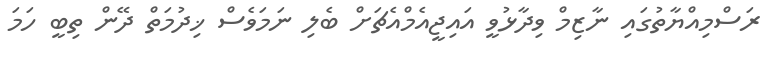
ރަސްމިއްޔާތުގައި ނާޒިމް ވިދާޅުވީ އައިޖީއެމްއެޗަށް ބެލި ނަމަވެސް ޚިދުމަތް ދޭން ތިބީ ހަމަ